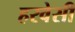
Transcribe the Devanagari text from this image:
हरवेसी